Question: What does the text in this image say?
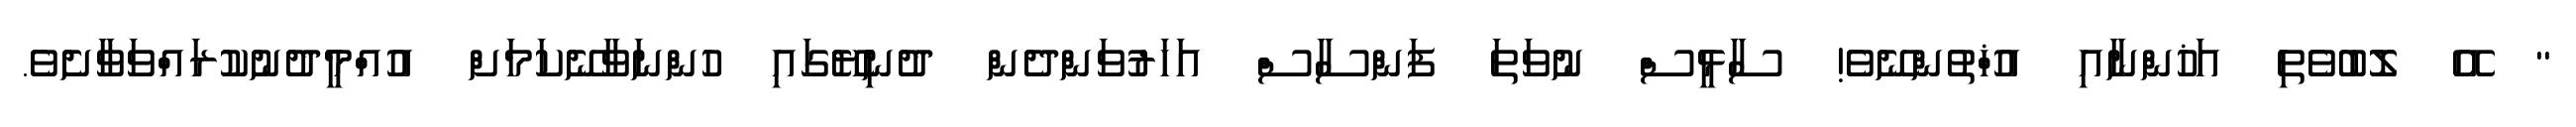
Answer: " އޭ ލޮބުވެތި އަޚުންނާއި އުޚްތުންނޭވެ! ސާޅީސް ނުވަތަ ފަންސާސް އަހަރުވަންދެން ދުނިޔޭގައި ހުންނަވާނޭކަމަށް އުއްމީދުނުކުރައްވަވާށެވެ.